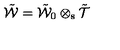
\tilde { \cal W } = \tilde { \cal W } _ { 0 } \otimes _ { \mathrm { s } } \tilde { { \cal T } }